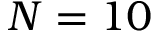
N = 1 0